Annual statistical returns and brief notes on vaccination in Bengal - 1887-1898
Year: 1887
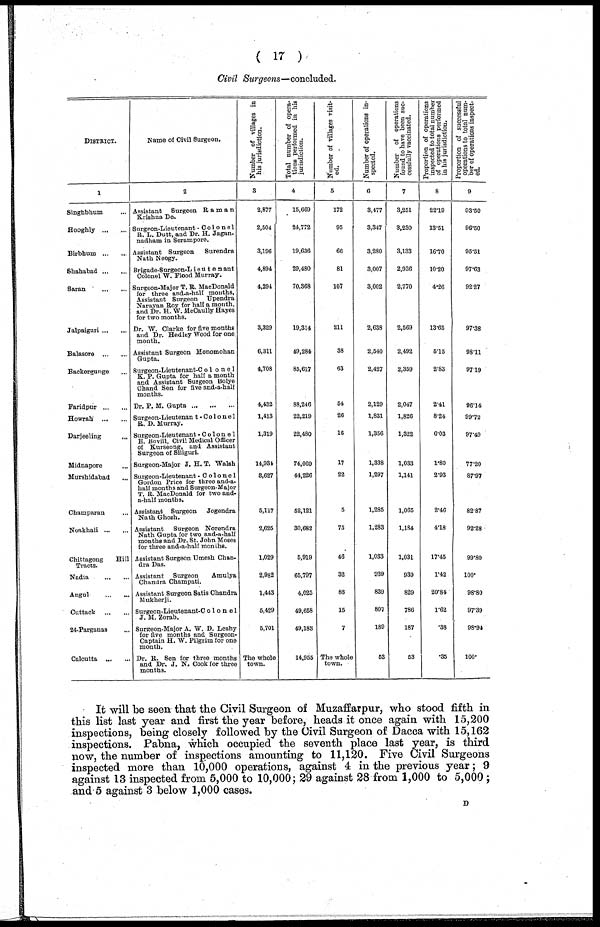
( 17 )
Civil Surgeons—concluded.
DISTRICT.
1
Singhbhum ...
Hooghly ... ...
Birbhum ... ...
Shahabad ... ...
Saran
...
...
Jalpaiguri ... ...
Balasore
...
...
Backergunge ...
Faridpur ... ...
Howrah
...
...
Darjeeling ...
Midnapore ...
Murshidabad ...
Champaran ...
Noakhali ... ...
Chittagong
Hill
Tracts.
Nadia
...
...
Angul
...
...
Cuttack
...
...
24-Parganas ...
Calcutta
...
...
Name of Civil Surgeon.
2
Assistant Surgeon Raman
Krishna De.
Surgeon-Lieutenant -Colonel
R. L. Dutt, and Dr. H. Jagan¬
nadham in Serampore.
Assistant Surgeon
Surendra
Nath Neogy.
Brigade-Surgeon-Lieutenant
Colonel W. Flood Murray.
Surgeon-Major T. R. MacDonald
for three and-a-half months,
Assistant Surgeon
Upendra
Narayan Roy for half a month,
and Dr. H. W. McCaully Hayes
for two months.
Dr. W. Clarke for five months
and Dr. Hedley Wood for one
month.
Assistant Surgeon Monomohan
Gupta.
Surgeon-Lieutenant-Co1one1
K. P. Gupta for half a month
and Assistant Surgeon Bolye
Chand Sen for five and-a-half
months.
Dr. P. M. Gupta ... ... ...
Surgeon-Lieutenant - Co1one1
R. D. Murray.
Surgeon-Lieutenant -Colonel
E. Bovill, Civil Medical Officer
of Kurseong, and Assistant
Surgeon of Siliguri.
Surgeon-Major J. H. T. Walsh
Surgeon-Lieutenant -Colonel
Gordon Price for three and-a-
half months and Surgeon-Major
T. R. MacDonald for two and-
a-half months.
assistant Surgeon
Jogendra
Nath Ghosh.
Assistant Surgeon Norendra
Nath Gupta for two and-a-half
months and Dr. St. John Moses
for three and-a-half months.
Assistant Surgeon Umesh Chan-
dra Das.
Assistant Surgeon
Amulya
Chandra Champati.
Assistant Surgeon Satis Chandra
Mukherji.
Surgeon-Lieutenant-Co1one1
J. M. Zorab.
Surgeon-Major A. W. D. Leahy
for five months and Surgeon-
Captain H. W. Pilgrim for one
month.
Dr. R. Sen for three months
and Dr. J. N. Cook for three
months.
Number of villages in
his jurisdiction.
3
2,877
2,504
3,106
4,894
4,294
3,329
6,311
4,708
4,432
1,413
1,319
14,934
3,627
5,117
2,625
1,029
2,962
1,443
5,429
5,701
The whole
town.
Total number of opera-
tions performed in his
jurisdiction.
4
15,669
24,772
19,636
29,480
70,368
19,314
49,284
85,617
88,246
22,219
22,480
74,069
44,226
52,121
30,682
5,919
65,797
4,025
49,658
49,183
14,955
Number of villages visit-
ed.
5
172
95
66
81
107
211
38
63
54
26
16
17
22
5
75
46
32
86
15
7
The whole
town.
Number of operations in-
spected.
6
3,477
3,347
3,280
3,007
3,002
2,638
2,540
2,427
2,129
1,831
1,356
1,338
1,297
1,285
1,283
1,033
939
839
807
189
53
Number of operations
found to have been suc-
cessfully vaccinated.
7
3,251
3,230
3,133
2,936
2,770
2,569
2,492
2,359
2,047
1,826
1,322
1,033
1,141
1,065
1,184
1,031
939
829
786
187
53
Proportion of operations
inspected to total number
of operations performed
in his jurisdiction.
8
22.19
13.51
16.70
10.20
4.26
13.65
5.15
2.83
2.41
8.24
6.03
1.80
2.93
2.46
4.18
17.45
1.42
20.84
1.62
.38
.35
Proportion of successful
operations to total num-
ber of operations inspect¬
ed.
9
93.50
96.50
95.51
97.63
92.27
97.38
98.11
97.19
96.14
99.72
97.49
77.20
87.97
82.87
92.28
99.80
100.
98.80
97.39
98.94
100.
It will be seen that the Civil Surgeon of Muzaffarpur, who stood fifth in
this list last year and first the year before, heads it once again with 15,200
inspections, being closely followed by the Civil Surgeon of Dacca with 15,162
inspections. Pabna, which occupied the seventh place last year, is third
now, the number of inspections amounting to 11,120. Five Civil Surgeons
inspected more than 10,000 operations, against 4 in the previous year; 9
against 13 inspected from 5,000 to 10,000; 29 against 28 from 1,000 to 5,000;
and 5 against 3 below 1,000 cases.
D